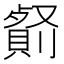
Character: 𠠋